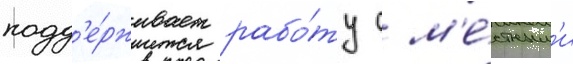
подд'е́рживает рабо́ту с м'е́стным'и